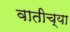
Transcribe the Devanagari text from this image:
वातीच्या